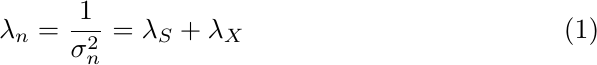
	\begin{equation}\label{defi3}
		\lambda_{n} = \frac{1}{\sigma_{n}^{2}}  = \lambda_{S} + \lambda_{X}
	\end{equation}